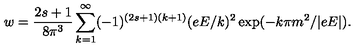
w = { \frac { 2 s + 1 } { 8 \pi ^ { 3 } } } \sum _ { k = 1 } ^ { \infty } ( - 1 ) ^ { ( 2 s + 1 ) ( k + 1 ) } ( e E / k ) ^ { 2 } \exp ( - k \pi m ^ { 2 } / | e E | ) .